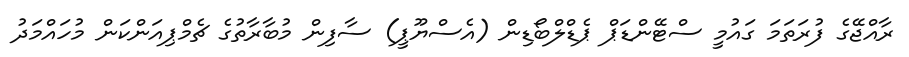
ރާއްޖޭގެ ފުރަތަމަ ގައުމީ ސްޓޭންޑަޕް ޕެޑްލްބޯޑިން (އެސްޔޫޕީ) ސާފިން މުބާރާތުގެ ޗެމްޕިއަންކަން މުހައްމަދު